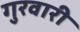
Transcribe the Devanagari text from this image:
गुरवारी